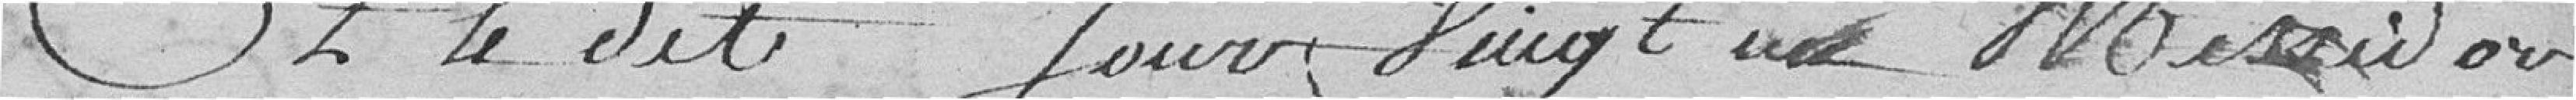
Et le dit jour vingt un messsidor